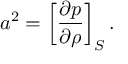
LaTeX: a ^ { 2 } = \left[ { \frac { \partial p } { \partial \rho } } \right] _ { S } .